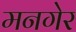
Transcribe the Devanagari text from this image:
मनगेर